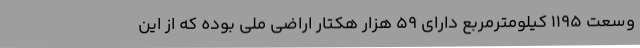
وسعت 1195 کیلومترمربع دارای 59 هزار هکتار اراضی ملی بوده که از این